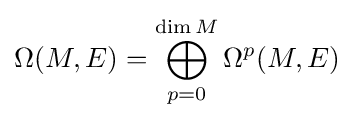
\Omega (M,E)=\bigoplus _{p=0}^{\dim M}\Omega ^{p}(M,E)